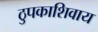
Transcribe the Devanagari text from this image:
ठुपकाशिवाय